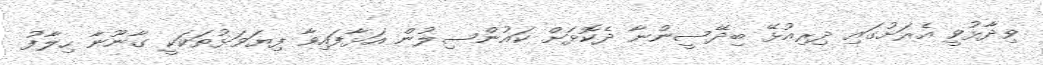
ވިދާޅުވީ އެރަށުގައި ދިރިއުޅޭ ބިދޭސީންނާ ދެކޮޅަށް ކައުންސިލުން އަޅާފައިވާ ފިޔަވަޅުތަކަކީ ގާނޫނާ ހިލާފު